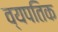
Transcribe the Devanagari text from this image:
व्यपतिक